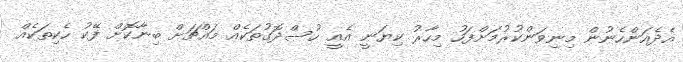
އެދެއަންހެނުން މިނިވަންކުރުމަށްފަހު މިހާރު ކިޔަނީ އެއީ ހުސްދޮގުތަކެއް މައްޗަށް ބިނާކޮށް ފޭކު ހެކިތަކެއް